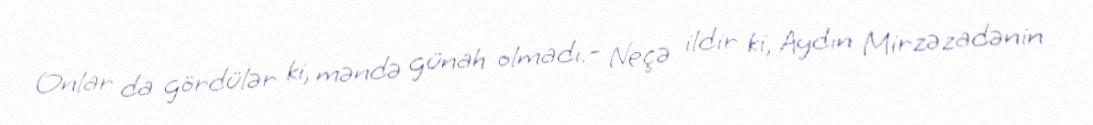
Onlar da gördülər ki, məndə günah olmadı.- Neçə ildir ki, Aydın Mirzəzadənin